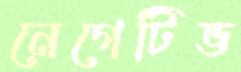
নেগেটিভ